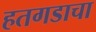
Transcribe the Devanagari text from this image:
हतगडाचा